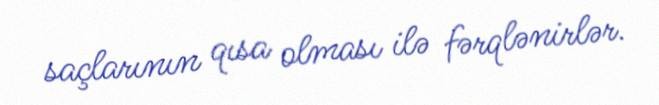
saçlarının qısa olması ilə fərqlənirlər.